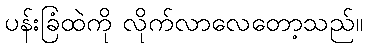
ပန်းခြံထဲကို လိုက်လာလေတော့သည်။